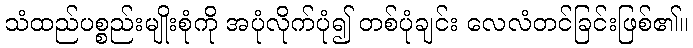
သံထည်ပစ္စည်းမျိုးစုံကို အပုံလိုက်ပုံ၍ တစ်ပုံချင်း လေလံတင်ခြင်းဖြစ်၏။